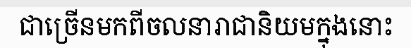
ជាច្រើនមកពីចលនារាជានិយមក្នុងនោះ